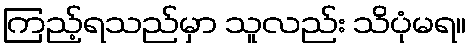
ကြည့်ရသည်မှာ သူလည်း သိပုံမရ။